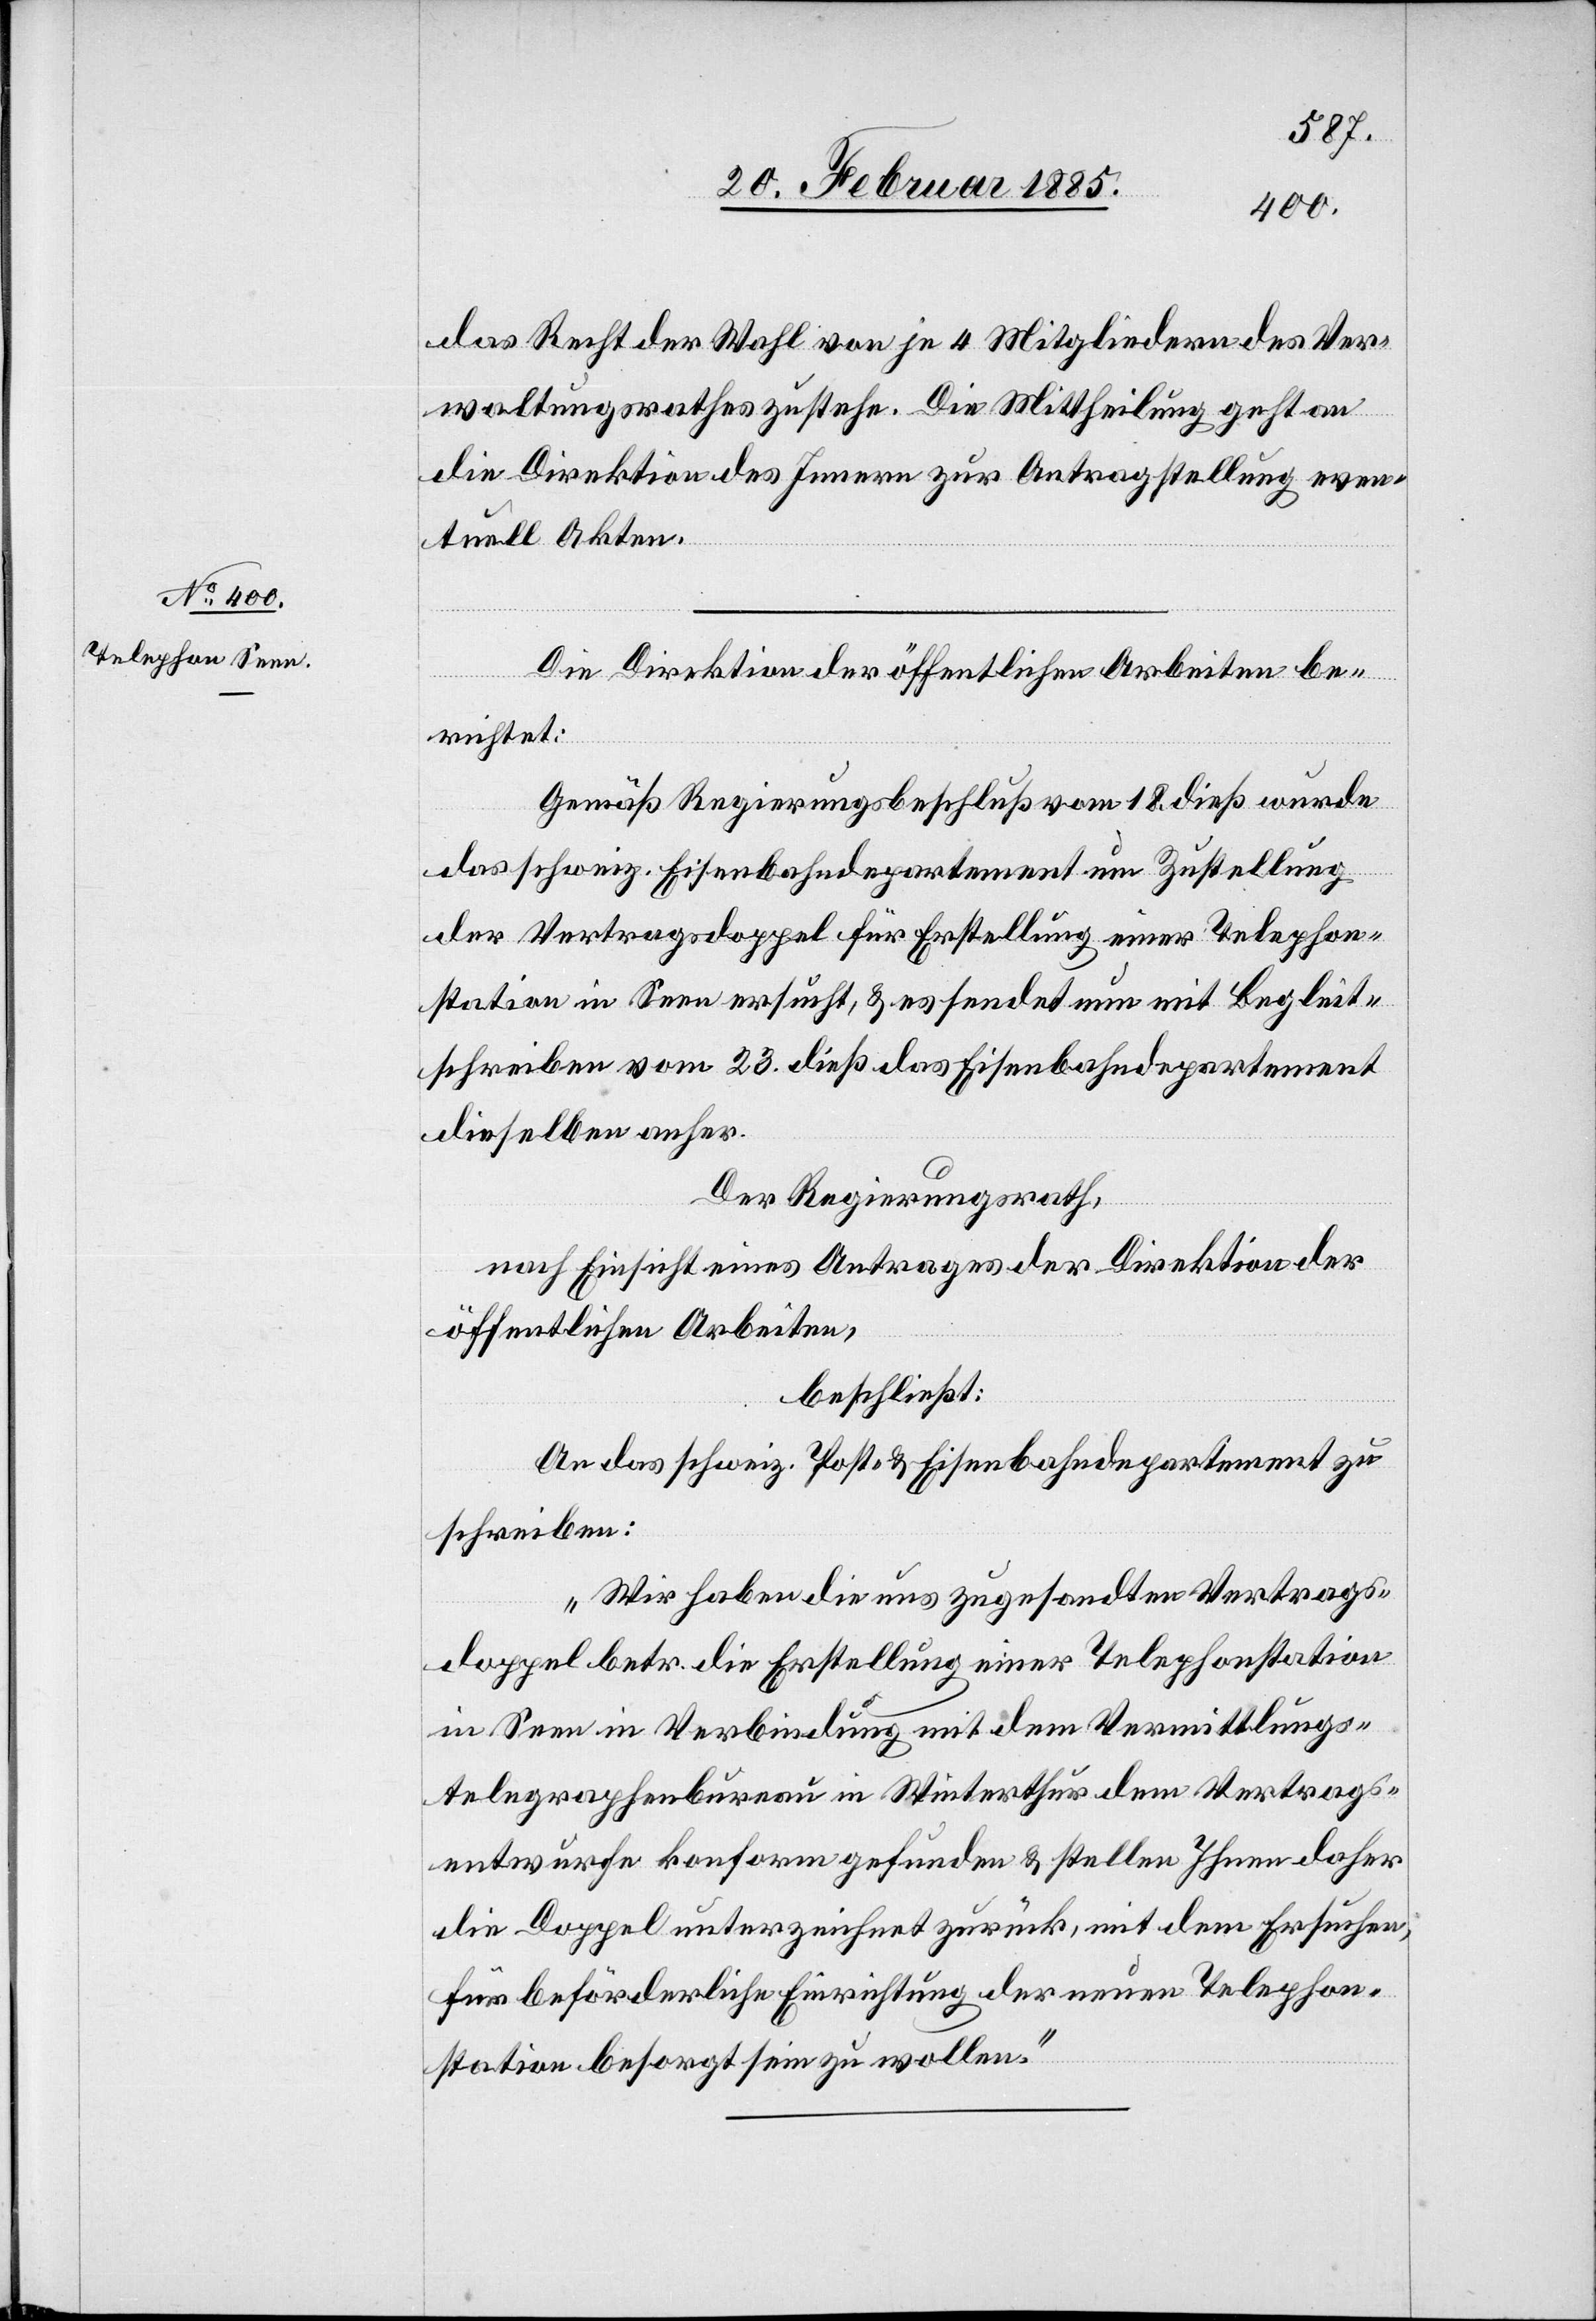
25. Februar 1885.]
das Recht der Wahl von je 4 Mitgliedern des Ver¬
waltungsrathes zustehe. Die Mittheilung geht an
die Direktion des Innern zur Antragstellung even¬
tuell Akten.
Die Direktion der öffentlichen Arbeiten be¬
richtet:
Gemäß Regierungsbeschluß vom 18. dieß wurde
das schweiz. Eisenbahndepartement um Zustellung
der Vertragsdoppel für Erstellung einer Telephon¬
station in Seen ersucht, & es sendet nun mit Begleit¬
schreiben von 23. dieß das Eisenbahndepartement
dieselben anher.
Der Regierungsrath,
nach Einsicht eines Antrages der Direktion der
öffentlichen Arbeiten,
beschließt:
An das schweiz. Post- & Eisenbahndepartement zu
schreiben:
„Wir haben die uns zugesandten Vertrags¬
doppel betr. die Erstellung einer Telephonstation
in Seen in Verbindung mit dem Vermittlungs¬
telegraphenbureau in Winterthur dem Vertrags¬
entwurfe konform gefunden & stellen Ihnen daher
die Doppel unterzeichnet zurück, mit dem Ersuchen,
für beförderliche Einrichtung der neuen Telephon¬
station besorgt sein zu wollen.“